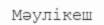
Мәулікеш